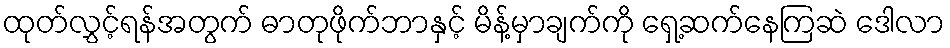
ထုတ်လွှင့်ရန်အတွက် ဓာတုဖိုက်ဘာနှင့် မိန့်မှာချက်ကို ရှေ့ဆက်နေကြဆဲ ဒေါလာ